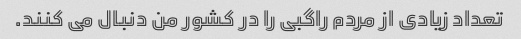
تعداد زیادی از مردم راگبی را در کشور من دنبال می کنند.